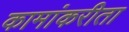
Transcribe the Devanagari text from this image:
कामांकरीता